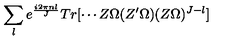
\sum _ { l } e ^ { \frac { i 2 \pi n l } { J } } T r [ \cdots Z \Omega ( Z ^ { \prime } \Omega ) ( Z \Omega ) ^ { J - l } ]